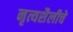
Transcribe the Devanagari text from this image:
नृत्यशैलीचे